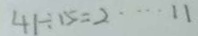
4 5 \div 1 5 = 2 \cdots 1 1